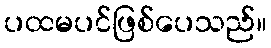
ပထမပင်ဖြစ်ပေသည်။